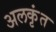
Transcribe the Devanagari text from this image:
अलकृंत